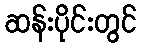
ဆန်းပိုင်းတွင်